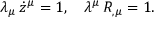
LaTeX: \lambda _ { \mu } \, \dot { z } ^ { \mu } = 1 , ~ ~ ~ \lambda ^ { \mu } \, R _ { , \mu } = 1 .